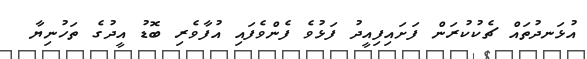
އުޅަނދުތައް ޗެކުކުރަން ފަށައިފިއީދު ފަޅުވެ ފެންވެފައި އުފާވެރި ބޮޑު އީދުގެ ތަހުނިޔާ